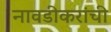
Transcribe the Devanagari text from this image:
नावडीकरांची